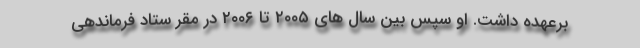
برعهده داشت. او سپس بین سال های ۲۰۰۵ تا ۲۰۰۶ در مقر ستاد فرماندهی